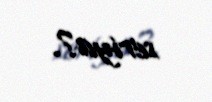
seriya?.